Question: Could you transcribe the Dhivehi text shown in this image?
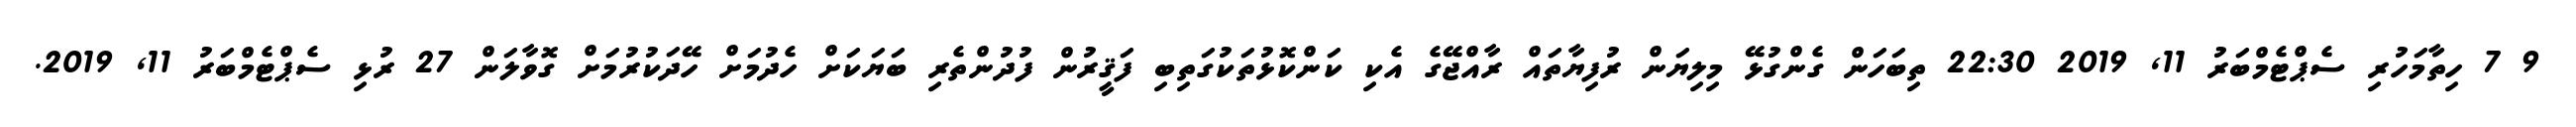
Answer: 9 7 ހިތާމަހުރި ސެޕްޓެމްބަރު 11, 2019 22:30 ތިބަހަން ގެންގުޅޭ މިލިޔަން ރުފިޔާތައް ރާއްޖޭގެ އެކި ކަންކޮޅުތަކުގަތިބި ފަޤީރުން ފުދުންތެރި ބަޔަކަށް ހެދުމަށް ހޭދަކުރުމަށް ގޮވާލަން 27 ރުޅި ސެޕްޓެމްބަރު 11, 2019.